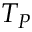
T _ { P }